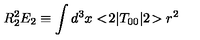
R _ { 2 } ^ { 2 } E _ { 2 } \equiv \int d ^ { 3 } x < \! 2 | T _ { 0 0 } | 2 \! > r ^ { 2 }